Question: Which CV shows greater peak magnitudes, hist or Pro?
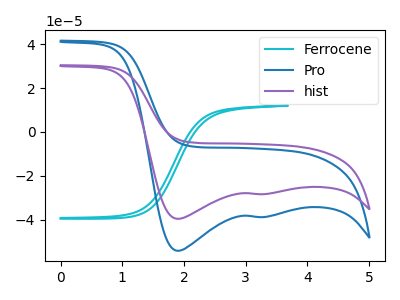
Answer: <think>The cyan curve "Ferrocene" has no peaks. The blue curve "Pro" has cathodic peaks at (1.90V, -54.15uA) (3.30V, -38.75uA). The purple curve "hist" has cathodic peaks at (1.90V, -39.60uA) (3.30V, -28.35uA).</think>
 <answer>Every peak in "hist" is lower than every peak in "Pro".</answer>
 <eval>lower</eval>